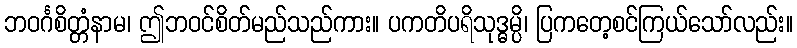
ဘဝင်္ဂစိတ္တံနာမ၊ ဤဘဝင်စိတ်မည်သည်ကား။ ပကတိပရိသုဒ္ဓမ္ပိ၊ ပြကတေ့စင်ကြယ်သော်လည်း။